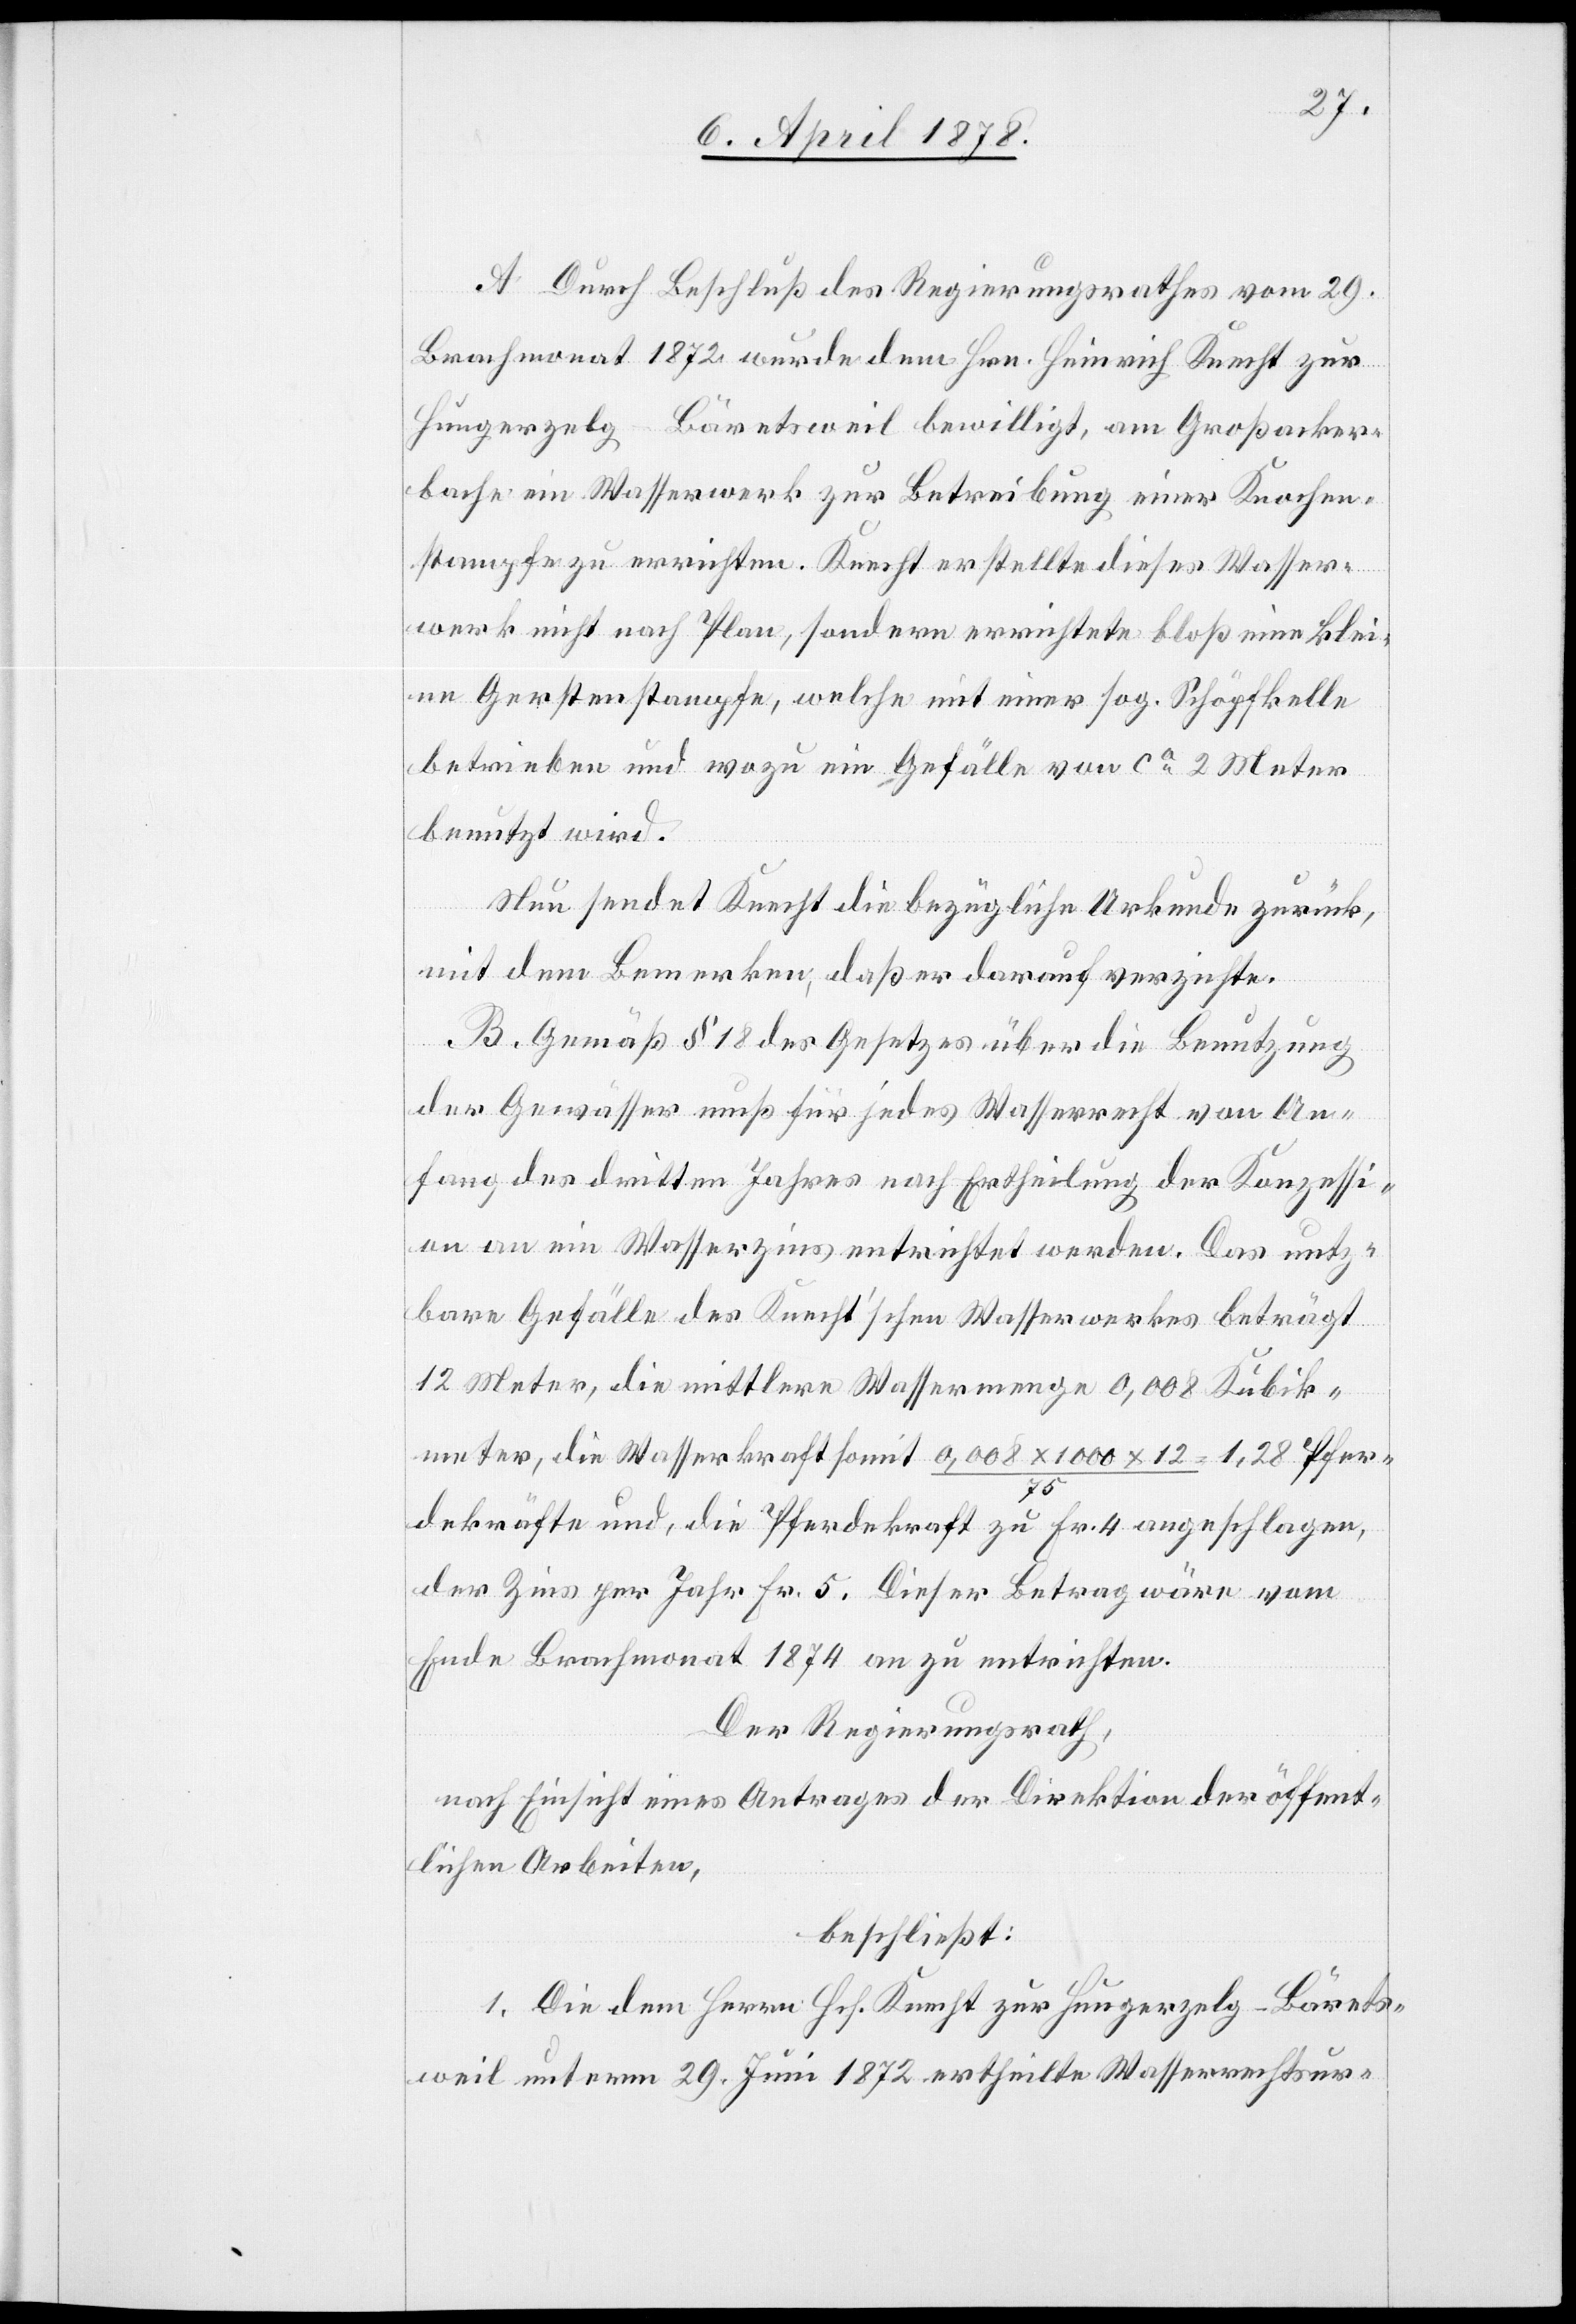
A. Durch Beschluß des Regierungsrathes vom 29.
Brachmonat 1872 wurde dem Hrn. Heinrich Knecht zur
Hungerzelg - Bäretsweil bewilligt, am Großacker¬
bache ein Wasserwerk zur Betreibung einer Knochen¬
stampfe zu errichten. Knecht erstellte dieses Wasser¬
werk nicht nach Plan, sondern errichtete bloß eine klei¬
ne Gerstenstampfe, welche mit einer sog. Schöpfkelle
betrieben und wozu ein Gefälle von ca 2 Meter
benutzt wird.
Nun sendet Knecht die bezügliche Urkunde zurück,
mit dem Bemerken, daß er darauf verzichte.
B. Gemäß § 18 des Gesetzes über die Benutzung
der Gewässer muß für jedes Wasserrecht von An¬
fang des dritten Jahres nach Ertheilung der Konzessi¬
on an ein Wasserzins entrichtet werden. Das nutz¬
bare Gefälle des Knecht’schen Wasserwerkes beträgt
12 Meter, die mittlere Wassermenge 0,008 Kubik¬
meter, die Wasserkraft somit 0,008 x 1000 x 12 : 75 = 1,28 Pfer¬
dekräfte und, die Pferdekraft zu Fr. 4 angeschlagen,
der Zins per Jahr Fr. 5. Dieser Betrag wäre von
Ende Brachmonat 1874 an zu entrichten.
Der Regierungsrath,
nach Einsicht eines Antrages der Direktion der öffent¬
lichen Arbeiten,
beschließt:
1. Die dem Herrn Hch. Knecht zur Hungerzelg - Bärets¬
weil unterm 29. Juni 1872 ertheilte Wasserrechtsur-